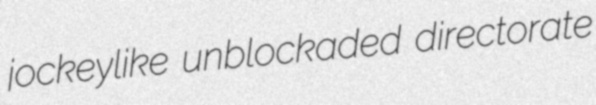
jockeylike unblockaded directorate